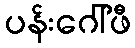
ပန်းဂေါ်ဖီ